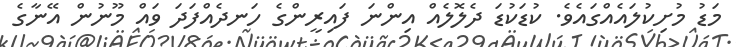
މަޑު މުށިކުލައެއްގައެވެ. ކުޑަކުޑަ ދެލޮލެއް އިންނަ ފައިރީންގެ ހަނދެއްފަދަ ވައް މޫނުން އޭނާގެ